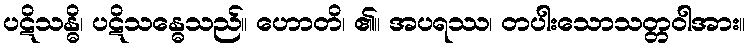
ပဋိသန္ဓိ၊ ပဋိသန္ဓေသည်။ ဟောတိ၊ ၏။ အပရဿ၊ တပါးသောသတ္တဝါအား။